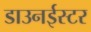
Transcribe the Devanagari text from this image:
डाउनईस्टर